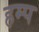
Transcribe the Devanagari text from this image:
हम्प